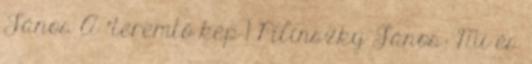
János A "teremtő kép 1 Pilinszky János: Mi és